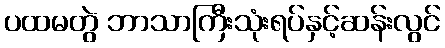
ပထမတွဲ ဘာသာကြီးသုံးရပ်နှင့်ဆန်းလွင်